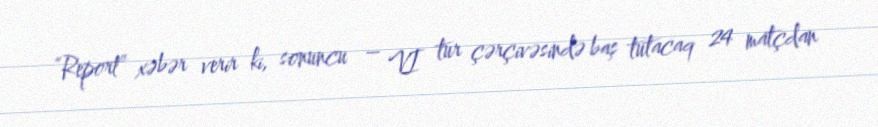
“Report” xəbər verir ki, sonuncu – VI tur çərçivəsində baş tutacaq 24 matçdan